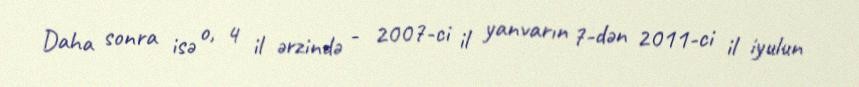
Daha sonra isə o, 4 il ərzində - 2007-ci il yanvarın 7-dən 2011-ci il iyulun